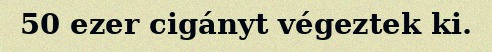
50 ezer cigányt végeztek ki.